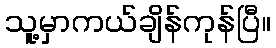
သူ့မှာကယ်ချိန်ကုန်ပြီ။